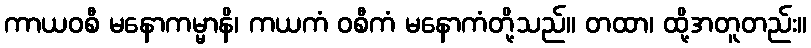
ကာယဝစီ မနောကမ္မာနိ၊ ကယကံ ဝစီကံ မနောကံတို့သည်။ တထာ၊ ထို့အတူတည်း။